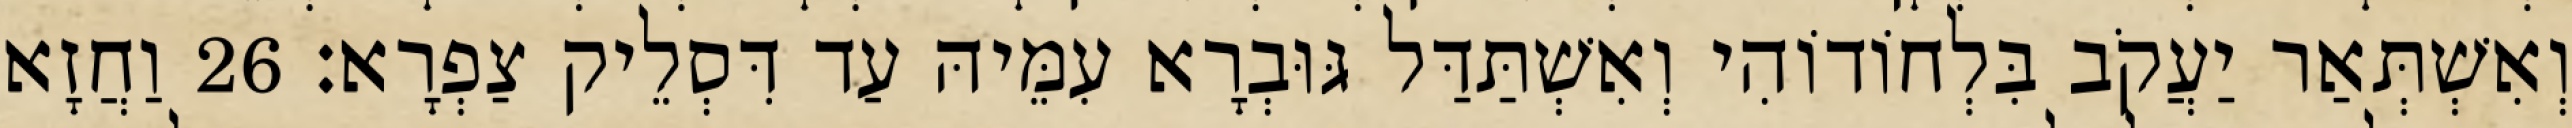
וְאִשְׁתְּאַר יַעֲקֹב בִּלְחוֹדוֹהִי וְאִשְׁתַּדַּל גּוּבְרָא עִמֵּיהּ עַד דִּסְלֵיק צַפְרָא׃ 26 וַחֲזָא